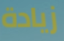
زيادة